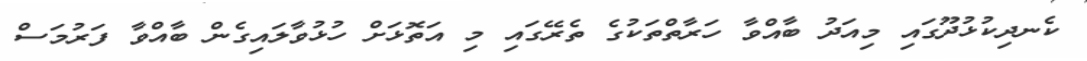
ކެނދިކުޅުދޫގައި މިއަދު ބާއްވާ ހަރާތްތަކުގެ ތެރޭގައި މި އަތޮޅަށް ހުޅުވާލައިގެން ބާއްވާ ފަރުމަސް